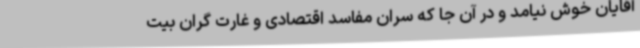
آقایان خوش نیامد و در آن جا که سران مفاسد اقتصادی و غارت گران بیت